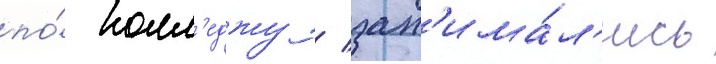
по́ колл'еджу / зан'има́л'ись